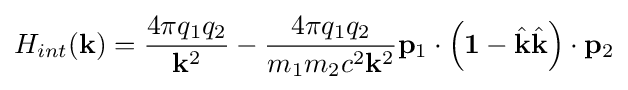
H_{int}(\mathbf {k} )={4\pi q_{1}q_{2} \over \mathbf {k} ^{2}}-{4\pi q_{1}q_{2} \over m_{1}m_{2}c^{2}\mathbf {k} ^{2}}\mathbf {p} _{1}\cdot \left(\mathbf {1} -{\hat {\mathbf {k} }}{\hat {\mathbf {k} }}\right)\cdot \mathbf {p} _{2}